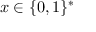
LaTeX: x \in \{ 0 , 1 \} ^ { * }